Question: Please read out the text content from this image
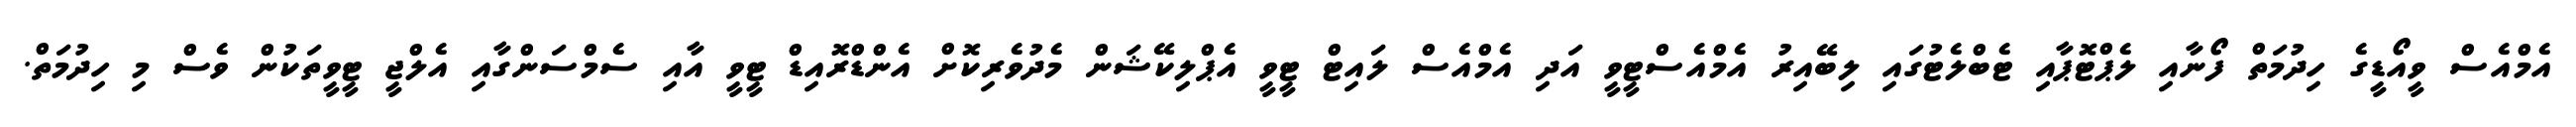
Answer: އެމްއެސް ވީއޯޑީގެ ހިދުމަތް ފޯނާއި ލެޕްޓޮޕާއި ޓެބްލެޓުގައި ލިބޭއިރު އެމްއެސްޓީވީ އަދި އެމްއެސް ލައިޓް ޓީވީ އެޕްލިކޭޝަން މެދުވެރިކޮށް އެންޑްރޮއިޑް ޓީވީ އާއި ސެމްސަންގާއި އެލްޖީ ޓީވީތަކުން ވެސް މި ހިދުމަތް.